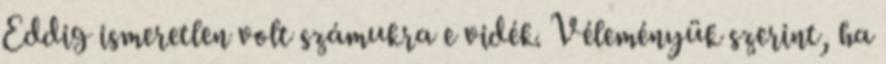
Eddig ismeretlen volt számukra e vidék. Véleményük szerint, ha